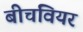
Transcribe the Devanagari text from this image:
बीचवियर